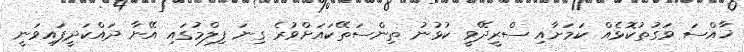
ޚާއްސަ ވަގުތުކޮޅެއް ކަމަށާއި ސްރީދޭވީ ކުޅުނު ތިންސަތޭކައަށްވުރެ ގިނަ ފިލްމުގައި އޭނާ ދައްކަދީފައިވަނީ